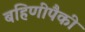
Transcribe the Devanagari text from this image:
बहिणीपैकी